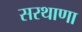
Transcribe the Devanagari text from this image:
सरथाणा